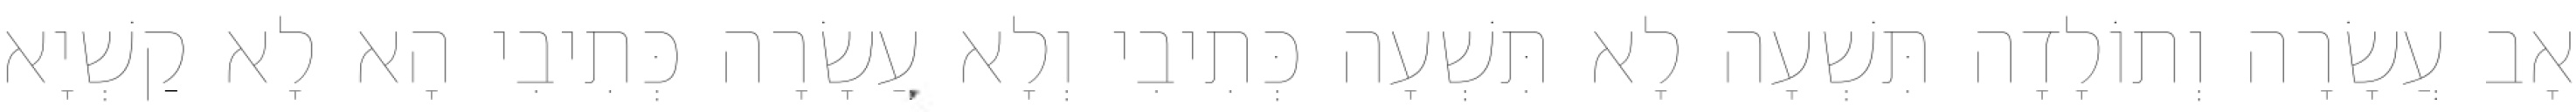
אָב עֲשָׂרָה וְתוֹלָדָה תִּשְׁעָה לָא תִּשְׁעָה כְּתִיבִי וְלָא עֲשָׂרָה כְּתִיבִי הָא לָא קַשְׁיָא